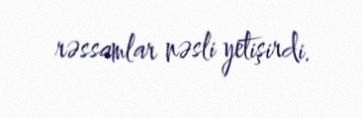
rəssamlar nəsli yetişirdi.